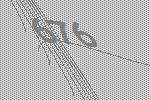
676